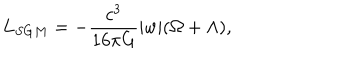
L _ { S G M } = - { \frac { c ^ { 3 } } { 1 6 { \pi } G } } \vert w \vert ( \Omega + \Lambda ) ,